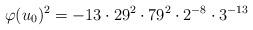
LaTeX: \begin{align*}\varphi (u_0)^2=-13\cdot 29^2\cdot 79^2\cdot 2^{-8}\cdot 3^{-13}\end{align*}